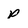
Character: p